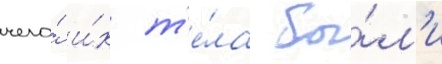
чего́ и́х т'е́ла бы́л'и